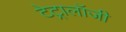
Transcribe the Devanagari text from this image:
टेट्रालॉजी